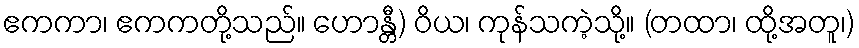
ဧကကာ၊ ဧကကတို့သည်။ ဟောန္တီ) ဝိယ၊ ကုန်သကဲ့သို့။ (တထာ၊ ထို့အတူ၊)